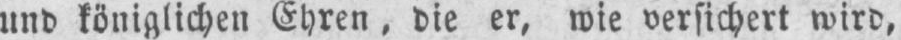
und königlichen Ehren, die er, wie versichert wird,